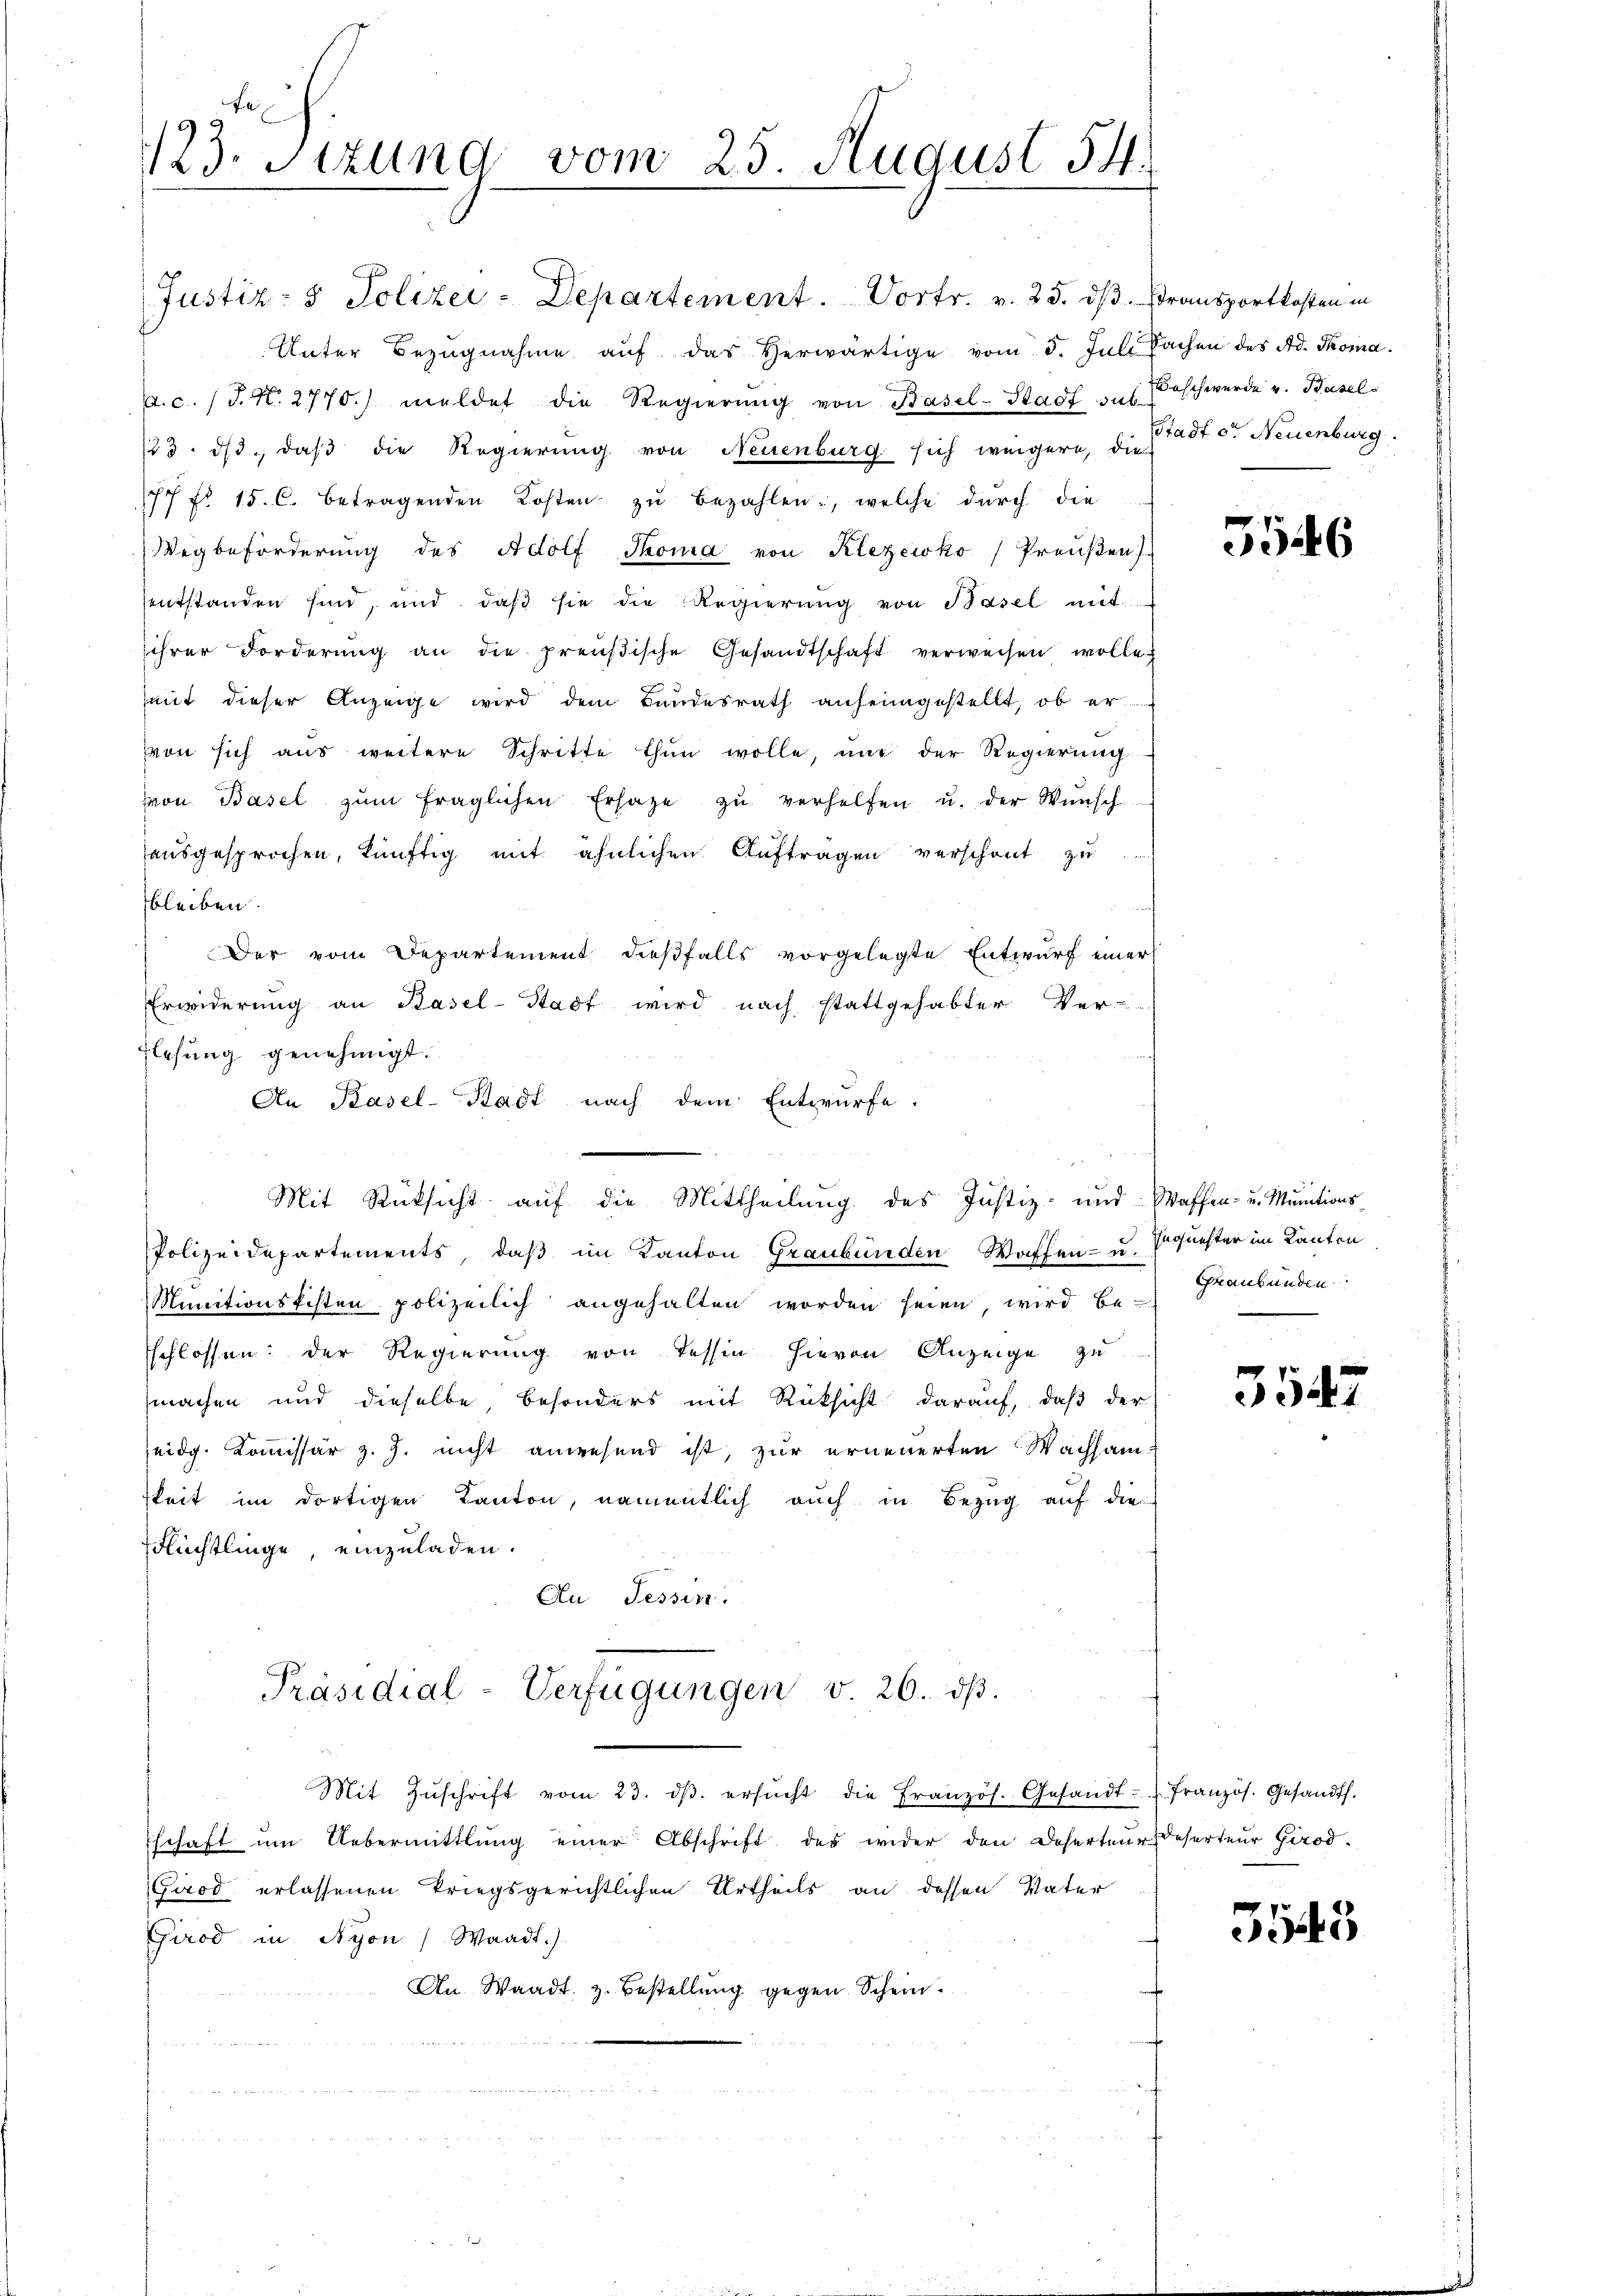
123. Sekund vom 25. August 54.

Justiz- & Polizei-Departement. Vortr. v. 23. dβ. transportkosten in
Unter Bezugnahme aŭf das herwärtige vom 5. Juli Sachen des Ad. Thoma
a. c. (T. N. 2770.) meldet die Regierŭng von Basel-Stadt auf Beschwerde v. Basel-
/23. ds., daß die Regierung von Neuenburg sich weigere, die
77 fr. 15. C. betragenden Kosten zŭ bezahlen, welche durch die
Wegbeforderung des Adolf Thoma von Klezeiko /Preußen)
sentstanden sind, und daβ sie die Regierŭng von Basel mit
ihrer Forderŭng an die preußische Gesandtschaft verweisen wolle
mit dieser Anzeige wird dem Bundesrath anheimgestellt, ob er
von sich aus weitere Schritte thun wolle, und der Regierŭng
von Basel zŭm fraglichen Ersage zŭ verhelfen u. der Wunsch
ausgesprochen, künftig mit ähnlichen Auftragen verschont zu
bleiben.
Der vom Departement dießfalls vorgelegte Entwurf einer
Erwiderung an Basel-Stadt wird nach stattgehabter Ver-
flesung genehmigt.
An Pasel-Stadt nach dem Entwürfe.
Mit Rücksicht auf die Mittheilung des Justiz- und Waffen- u. Munitions-
Polizeidepartements, daß im Kanton Graubünden Waffen- u. Erquester im Kanton
Munitionskisten polizeilich angehalten worden seien, wird be-
sschlossen: der Regierung von Tessin hievon Anzeige zu
machen und dieselbe besonders mit Rücksicht darauf, daß der
seidg. Kommissär z. J. nicht anwesend ist, zur erneuerten Wachsamkeit im dortigen Kanton, namentlich auch in Bezug auf die
FFlüchtlinge, einzuladen.
An Tessin.

Präsidial-Verfügungen v. 26. dβ.
Mit Zŭschrift vom 23. dβ. ersŭcht die Französ. Gesandt. Französ. Gesandts.

Eschaft um Uebermittlung einer Abschrift des wider den Deserteur Deserteur Girod¬
Girod erlassenen triegsgerichtlichen Urtheils an dessen Vater
Girod in Nyon Waadt.).
An Waadt z. Bestellung gegen Schein.

Stadt c. Neuenburg.

5546

Graubünden

3547

3545